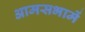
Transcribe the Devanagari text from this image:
आमसभामें